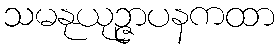
သမနုယုဉ္ဇာပနကထာ